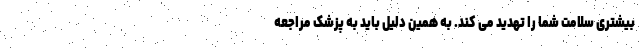
بیشتری سلامت شما را تهدید می کند. به همین دلیل باید به پزشک مراجعه